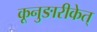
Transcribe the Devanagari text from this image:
कूनुङारीकेत्